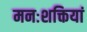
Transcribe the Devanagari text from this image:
मनःशक्तियां